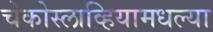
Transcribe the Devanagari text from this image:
चेकोस्लाव्हियामधल्या